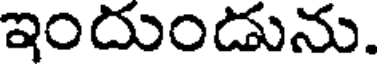
ఇందుండును.